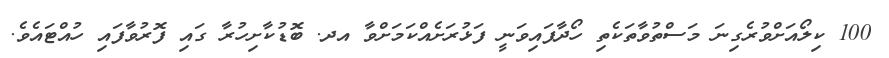
100 ކިލޯއަށްވުރެގިނަ މަސްތުވާތަކެތި ހޯދާފައިވަނީ ފަޅުރަށެއްކަމަށްވާ އދ. ބޮޑުކާށިހުރާ ގައި ފޮރުވާފައި ހުއްޓައެވެ.